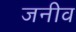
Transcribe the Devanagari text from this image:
जनीव